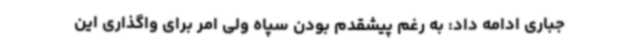
جباری ادامه داد: به رغم پیشقدم بودن سپاه ولی امر برای واگذاری این